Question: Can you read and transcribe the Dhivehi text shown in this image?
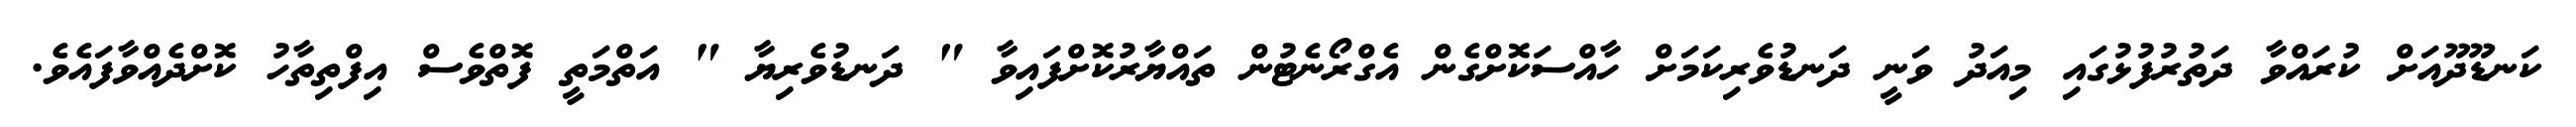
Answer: ކަނޑޫދޫއަށް ކުރައްވާ ދަތުރުފުޅުގައި މިއަދު ވަނީ ދަނޑުވެރިކަމަށް ހާއްސަކޮށްގެން އެގްރޯނެޓުން ތައްޔާރުކޮށްފައިވާ " ދަނޑުވެރިޔާ " އަތްމަތީ ފޮތްވެސް އިފްތިތާހު ކޮށްދެއްވާފައެވެ.